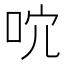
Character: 𠰽